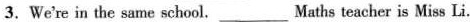
3.We're in the same school. ___ Maths teacher is Miss Li.